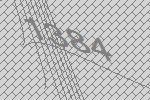
1384